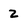
Character: 2